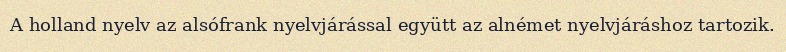
A holland nyelv az alsófrank nyelvjárással együtt az alnémet nyelvjáráshoz tartozik.